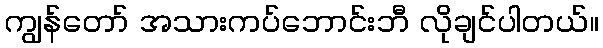
ကျွန်တော် အသားကပ်ဘောင်းဘီ လိုချင်ပါတယ်။